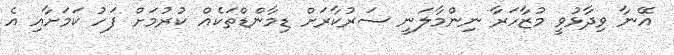
އޭނާ ވިދާޅުވީ މުޒާހަރާ ނިންމާލަނީ ސަރުކާރަށް ޑިމާންޑްތަކެއް ކުރުމަށް ފަހު ކަމަށާއި އެ